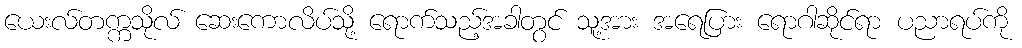
ယေးလ်တက္ကသိုလ် ဆေးကောလိပ်သို့ ရောက်သည့်အခါတွင် သူ့အား အရေပြား ရောဂါဆိုင်ရာ ပညာရပ်ကို